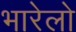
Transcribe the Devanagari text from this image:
भारेलो